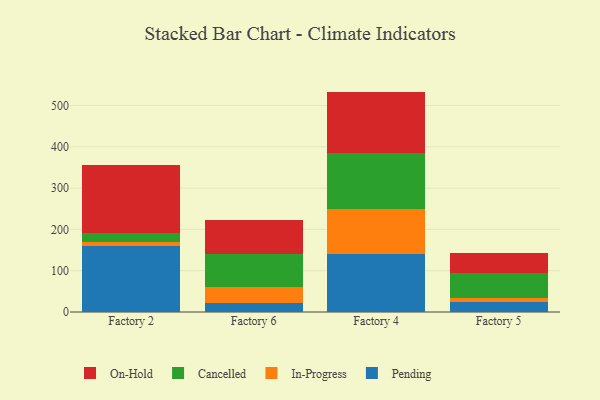
{"axis": {"x": "Factory", "y": "Churn Rate (%)"}, "legend": ["Cancelled", "In-Progress", "On-Hold", "Pending"], "data": [{"x": "Factory 2", "y": 160.3, "type": "Pending"}, {"x": "Factory 2", "y": 9.2, "type": "In-Progress"}, {"x": "Factory 2", "y": 22.9, "type": "Cancelled"}, {"x": "Factory 2", "y": 163.2, "type": "On-Hold"}, {"x": "Factory 6", "y": 23.0, "type": "Pending"}, {"x": "Factory 6", "y": 37.7, "type": "In-Progress"}, {"x": "Factory 6", "y": 80.6, "type": "Cancelled"}, {"x": "Factory 6", "y": 82.1, "type": "On-Hold"}, {"x": "Factory 4", "y": 141.4, "type": "Pending"}, {"x": "Factory 4", "y": 108.5, "type": "In-Progress"}, {"x": "Factory 4", "y": 134.1, "type": "Cancelled"}, {"x": "Factory 4", "y": 149.7, "type": "On-Hold"}, {"x": "Factory 5", "y": 24.6, "type": "Pending"}, {"x": "Factory 5", "y": 8.6, "type": "In-Progress"}, {"x": "Factory 5", "y": 60.9, "type": "Cancelled"}, {"x": "Factory 5", "y": 49.7, "type": "On-Hold"}]}